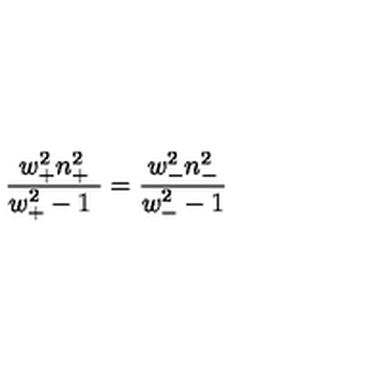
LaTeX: \frac { w _ { + } ^ { 2 } n _ { + } ^ { 2 } } { w _ { + } ^ { 2 } - 1 \ } = \frac { w _ { - } ^ { 2 } n _ { - } ^ { 2 } } { w _ { - } ^ { 2 } - 1 }